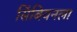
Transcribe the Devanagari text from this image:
सिंबियनला